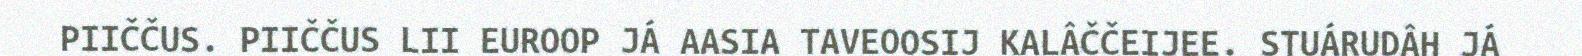
PIIČČUS. PIIČČUS LII EUROOP JÁ AASIA TAVEOOSIJ KALÂČČEIJEE. STUÁRUDÂH JÁ